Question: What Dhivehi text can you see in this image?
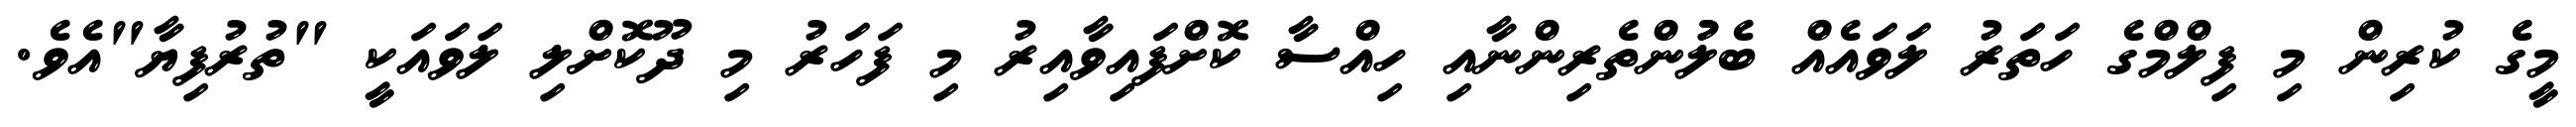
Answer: މީގެ ކުރިން މި ފިލްމްގެ ހަތަރު ލަވައެއް ބެލުުންތެރިންނާއި ހިއްސާ ކޮށްފައިވާއިރު މި ފަހަރު މި ދޫކޮށްލި ލަވައަކީ "ތުރުފިޔާ"އެވެ.